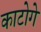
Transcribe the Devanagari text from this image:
काटोगे